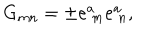
G _ { m n } = \pm e _ { \ m } ^ { a } e _ { \ n } ^ { a } , \label L